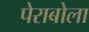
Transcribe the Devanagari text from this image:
पेराबोला